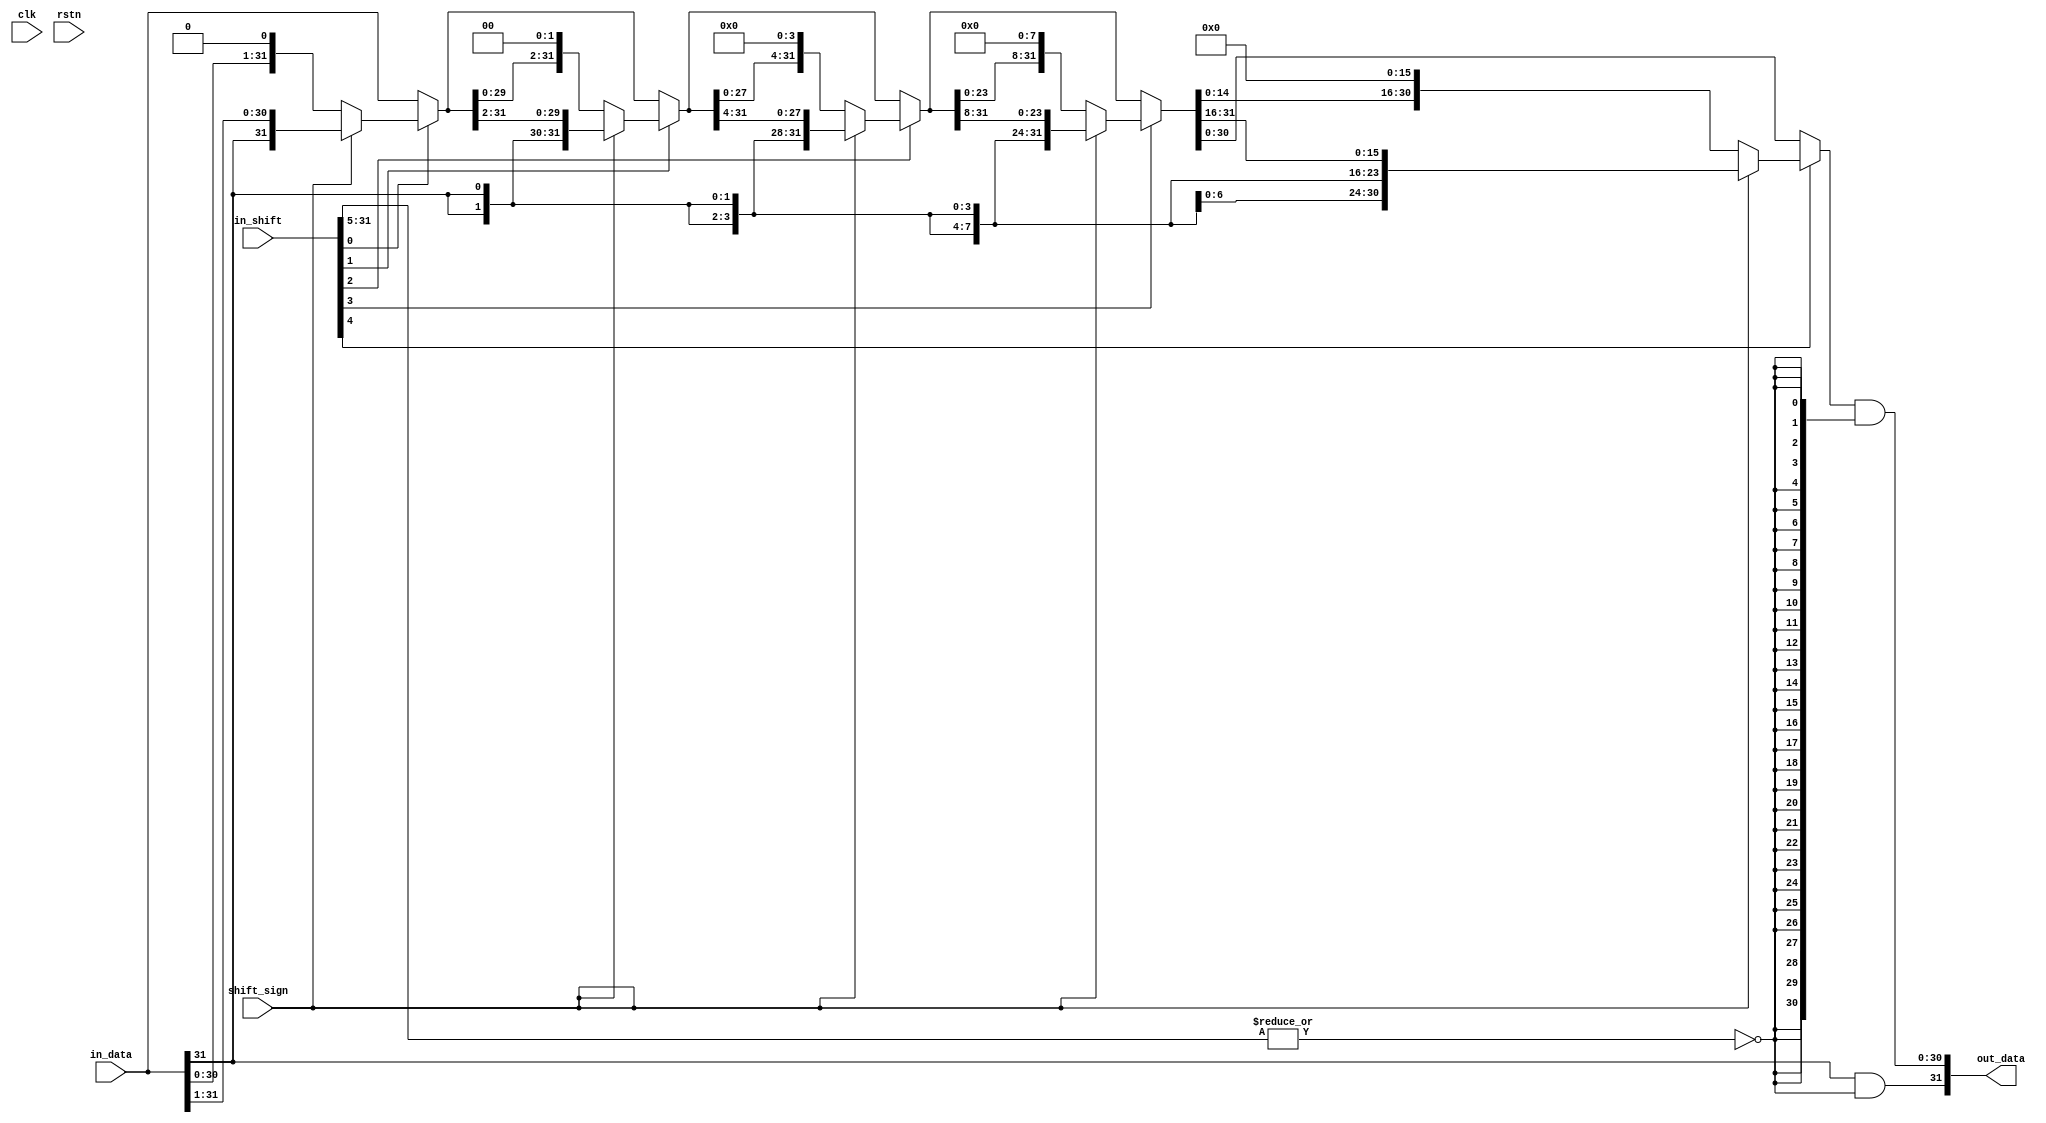
// IO Params
`define FXP32S_ADDR 31:0
`define FXP32S_WIDTH 32
`define FXP32S_SIGN 31
`define FXP32S_MAG 30:0
`define FXP32S_LSB_POW -24

module fxp32s_var_shifter(
	input clk,
	input rstn,
	// Input Stream
	input [`FXP32S_ADDR] in_data,
	input [`FXP32S_ADDR] in_shift,
	input shift_sign, // 0: LS | 1: RS
	// Output Stream
	output [`FXP32S_ADDR] out_data
);
	wire [31:0] sat_val;
	wire saturate;
	wire [4:0] shift_val;
	assign saturate = ~|in_shift[31:5];
	assign shift_val = in_shift[4:0];
	// Stages
	wire [31:0] stage_val [5:0];
	assign stage_val[0] = in_data;
	assign stage_val[1] = shift_val[0] ? (shift_sign ? {{1{in_data[31]}}, stage_val[0][31:1]} : { stage_val[0][30:0], {1{1'b0}} }) : stage_val[0];
	assign stage_val[2] = shift_val[1] ? (shift_sign ? {{2{in_data[31]}}, stage_val[1][31:2]} : { stage_val[1][29:0], {2{1'b0}} }) : stage_val[1];
	assign stage_val[3] = shift_val[2] ? (shift_sign ? {{4{in_data[31]}}, stage_val[2][31:4]} : { stage_val[2][27:0], {4{1'b0}} }) : stage_val[2];
	assign stage_val[4] = shift_val[3] ? (shift_sign ? {{8{in_data[31]}}, stage_val[3][31:8]} : { stage_val[3][23:0], {8{1'b0}} }) : stage_val[3];
	assign stage_val[5] = shift_val[4] ? (shift_sign ? {{16{in_data[31]}}, stage_val[4][31:16]} : { stage_val[4][15:0], {16{1'b0}} }) : stage_val[4];
	assign out_data[31] = in_data[31] & saturate;
	assign out_data[30:0] = stage_val[5][30:0] & {31{saturate}};

endmodule